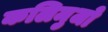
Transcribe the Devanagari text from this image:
कलिमुजो